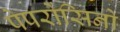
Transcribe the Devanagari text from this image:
पेपरोंसिनो